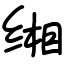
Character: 缃